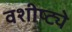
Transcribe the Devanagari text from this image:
वशीष्ट्ये